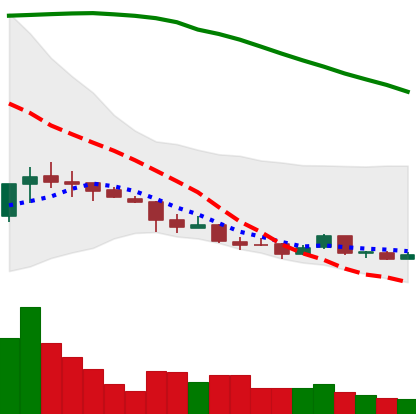
Ticker: ETC-USD
Chart end date: 2018-04-07
Forward return: 20.015%
Label: up_7plus